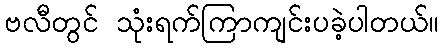
ဗလီတွင် သုံးရက်ကြာကျင်းပခဲ့ပါတယ်။